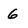
Character: 6